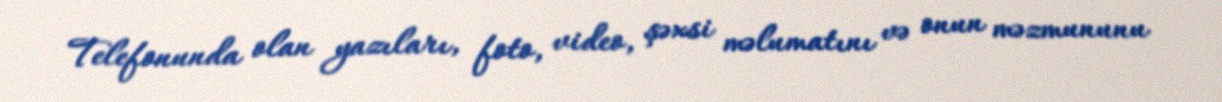
Telefonunda olan yazıları, foto, video, şəxsi məlumatını və onun məzmununu